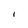
Character: I